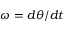
\omega = d \theta / d t